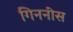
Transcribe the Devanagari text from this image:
गिननीस